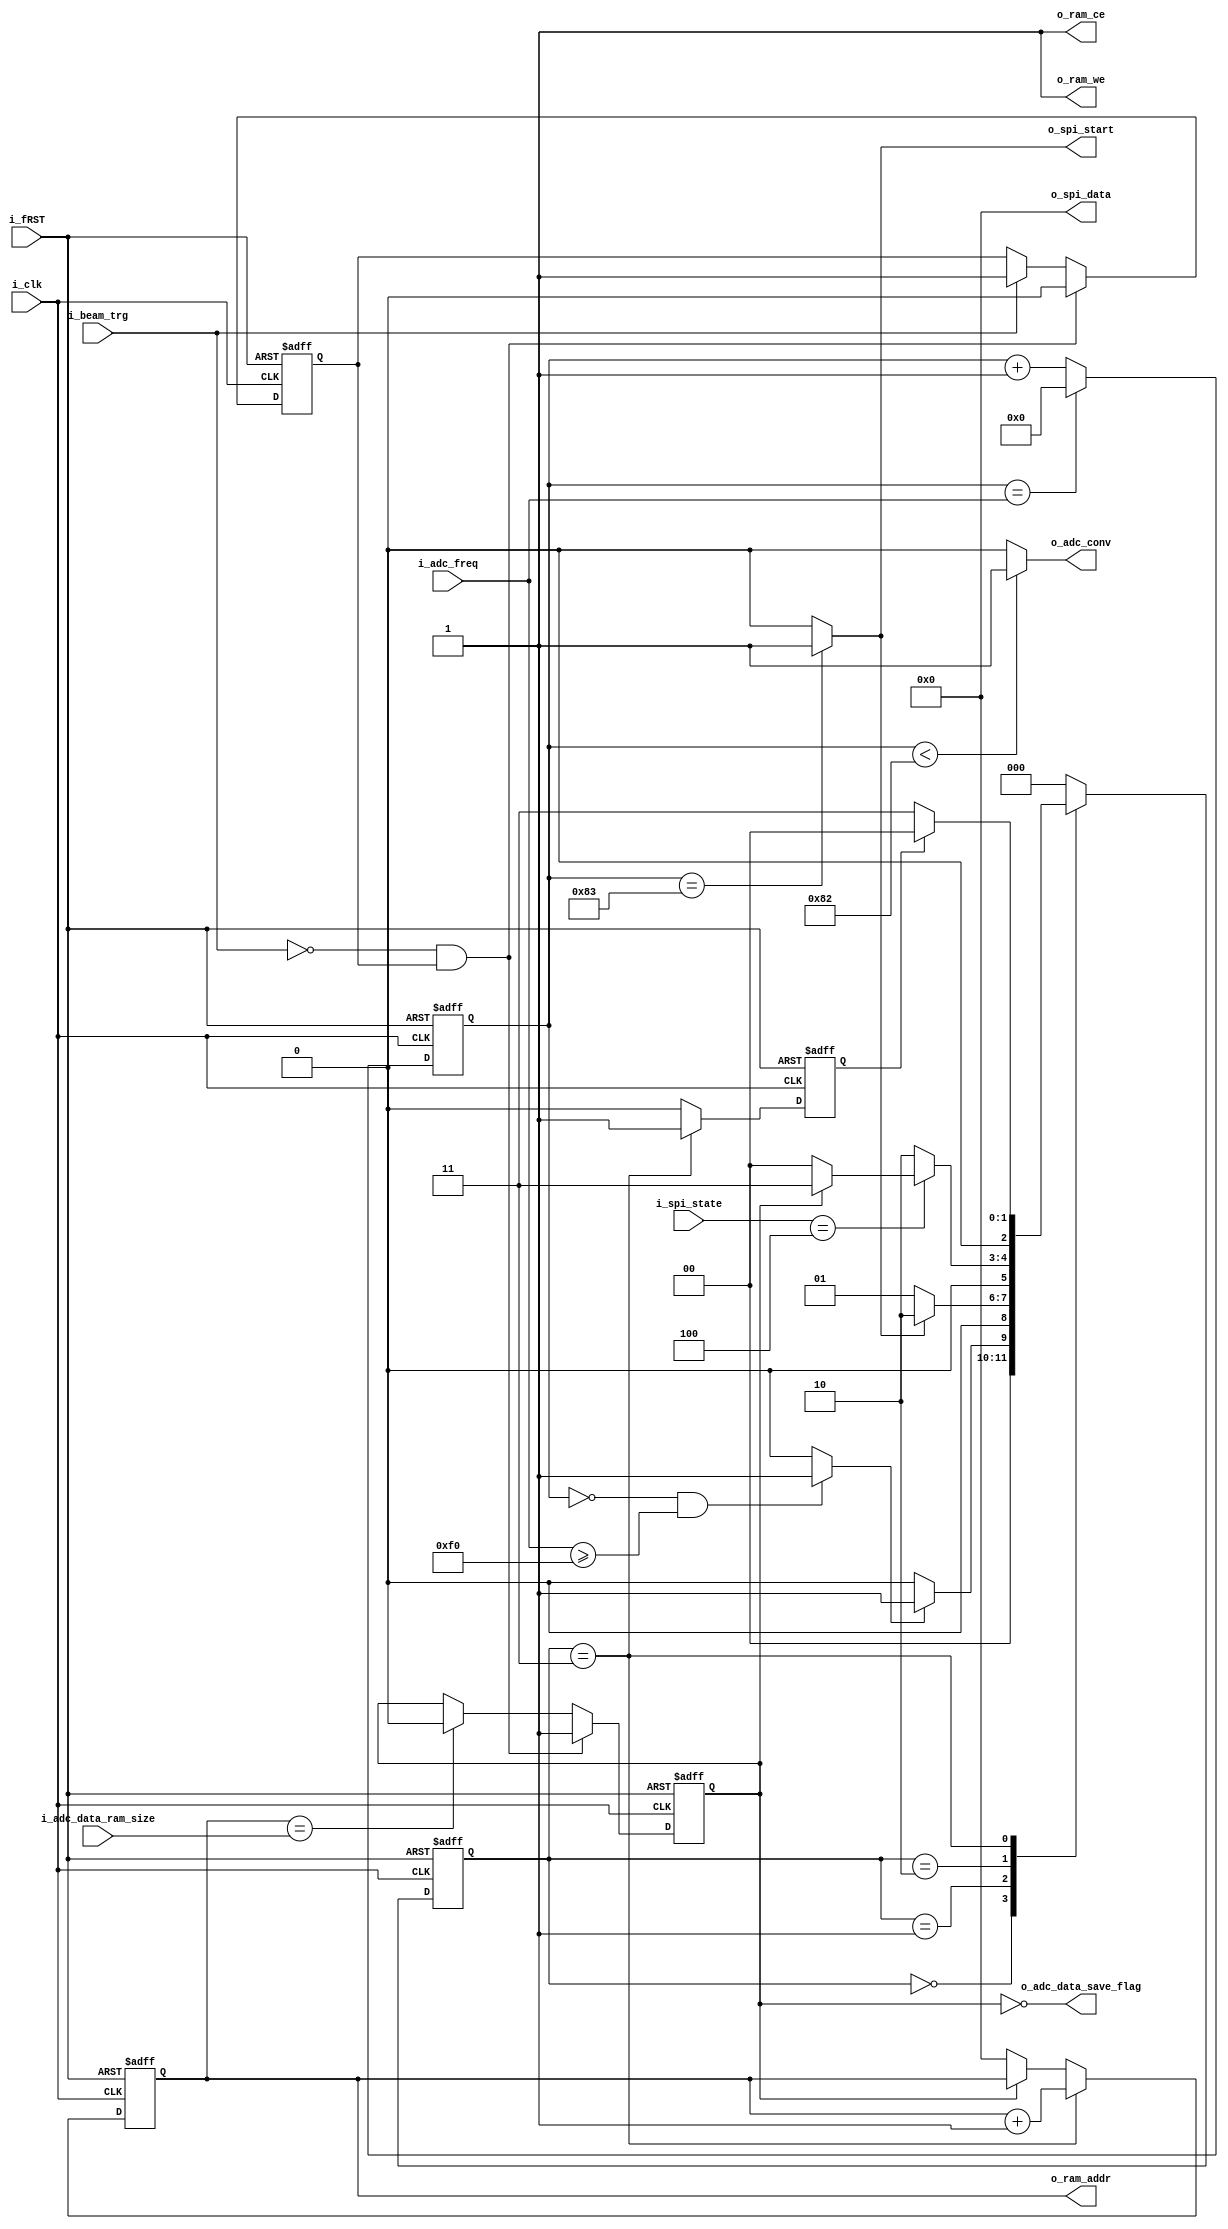
`timescale 1ns / 1ps
/*
System Clock : 200 MHz, 5ns
Conversion Time  130 * 5ns = 650ns  
SPI   500ns
ADC Freq = Min 1.2us
*/

module ADC_AD7903 #
(
    parameter integer DATA_WIDTH = 16,              // SPI Data 

    parameter integer AWIDTH = 16,
    parameter integer MEM_SIZE = 10000,

    parameter integer ADC_CONV_TIME = 130
)
(
    input i_fRST,
    input i_clk,

    // ZYNQ Ports
    input i_beam_trg,                                   // Beam Trigger . RAM ADC Data  
    output o_adc_conv,                                  // AD7903 CNV Pin
    output o_adc_data_save_flag,                        // PS Interlock. Ram  

    // SPI
    input [2:0] i_spi_state,                            // SPI  . SPI    
    output o_spi_start,                                 // SPI  
    output [DATA_WIDTH - 1 : 0] o_spi_data,             // MOSI Data  . 0 

    // ADC Setup
    input [9:0] i_adc_freq,                             // ADC  .  240 . 240   .
                                                        // 240 (1.2us) ~ 1024 (5.12us). X 5ns
    input [$clog2(MEM_SIZE) : 0] i_adc_data_ram_size,   // ADC Data RAM . MEM_SIZE   10000  .

    // RAM
    output reg [AWIDTH - 1 : 0] o_ram_addr,             // RAM Memory Addr.
    output o_ram_ce,                                    // RAM CE. 1                     
    output o_ram_we                                     // RAM WE. 1 
);

    // state machine
    parameter idle = 0;
    parameter adc_conv = 1;
    parameter adc_acq = 2;
    parameter save = 3;

    reg [2:0] state;
    reg [2:0] n_state;

    //-- time counter --//
    reg [9:0] adc_freq_cnt;                             // ADC   

    //-- flag --//
    wire adc_conv_flag;                                 // ADC   Flag
    reg adc_done_flag;                                  // ADC Save  idle   . 1 Clock 
    reg adc_trg_flag;                                   // Beam Trigger  Flag. 1 State save 0 idle 
    reg adc_trg_np_flag;                                // ADC Trigger Neg, Pos Flag
                                                        // Trigger Level          

    // State Machine 
    always @(posedge i_clk or negedge i_fRST) 
    begin
        if (~i_fRST)
            state <= idle;

        else 
            state <= n_state;
    end

    // State Machine Control
    always @(*)
    begin
        case (state)
            idle :
            begin
                if (adc_conv_flag)
                    n_state <= adc_conv;

                else
                    n_state <= idle;
            end

            adc_conv :
            begin
                if (o_spi_start)
                    n_state <= adc_acq;

                else
                    n_state <= adc_conv;
            end

            adc_acq :
            begin
                if (i_spi_state == 4)                   // spi  
                begin
                    if (adc_trg_flag)
                        n_state <= save;

                    else
                        n_state <= idle;
                end

                else
                    n_state <= adc_acq;
            end

            save :
            begin
                if (adc_done_flag)
                    n_state <= idle;

                else
                    n_state <= save;
            end

            default :
                    n_state <= idle;
        endcase
    end

    // adc   
    always @(posedge i_clk or negedge i_fRST) 
    begin
        if (~i_fRST)
            adc_freq_cnt <= 0;

        else if (adc_freq_cnt == i_adc_freq)
            adc_freq_cnt <= 0;

        else
            adc_freq_cnt <= adc_freq_cnt + 1;
    end


    always @(posedge i_clk or negedge i_fRST) 
    begin
        if (~i_fRST)
            adc_done_flag <= 0;

        else if (state == save)                         // State save   1 Clock 
            adc_done_flag <= 1;

        else
            adc_done_flag <= 0;
    end


    always @(posedge i_clk or negedge i_fRST) 
    begin
        if (~i_fRST)
            adc_trg_flag <= 0;

        else if (~i_beam_trg && adc_trg_np_flag)        
            adc_trg_flag <= 1;

        else if (o_ram_addr == i_adc_data_ram_size)
            adc_trg_flag <= 0;

        else
            adc_trg_flag <= adc_trg_flag;
    end


    always @(posedge i_clk or negedge i_fRST) 
    begin
        if (~i_fRST)
            adc_trg_np_flag <= 1;

        else if (~i_beam_trg && adc_trg_np_flag)
            adc_trg_np_flag <= 0;

        else if (i_beam_trg)                            // Beam Trigger H     
            adc_trg_np_flag <= 1;

        else
            adc_trg_np_flag <= adc_trg_np_flag;
    end


    always @(posedge i_clk or negedge i_fRST) 
    begin
        if (~i_fRST)
            o_ram_addr <= 0;

        else if (state == save)
            o_ram_addr <= o_ram_addr + 1;

        else if (!adc_trg_flag)
            o_ram_addr <= 0;

        else
            o_ram_addr <= o_ram_addr;
    end

    
    assign o_adc_conv = (adc_freq_cnt < ADC_CONV_TIME) ? 1 : 0;                         // ADC Conversion Hold Time 650ns (500 ~ 710ns).
    assign o_spi_start = (adc_freq_cnt == (ADC_CONV_TIME + 1)) ? 1 : 0;                 // ADC Acquisition Start flag
    assign o_ram_we = 1;                                            
    assign o_ram_ce = 1;       
    assign o_spi_data = 0;                                      
    assign o_adc_data_save_flag = ~adc_trg_flag;                                        // RAM   . PS 
    assign adc_conv_flag = ((adc_freq_cnt == 0) && (i_adc_freq >= 240)) ? 1 : 0;        // ADC Conversion Start flag
    
endmodule